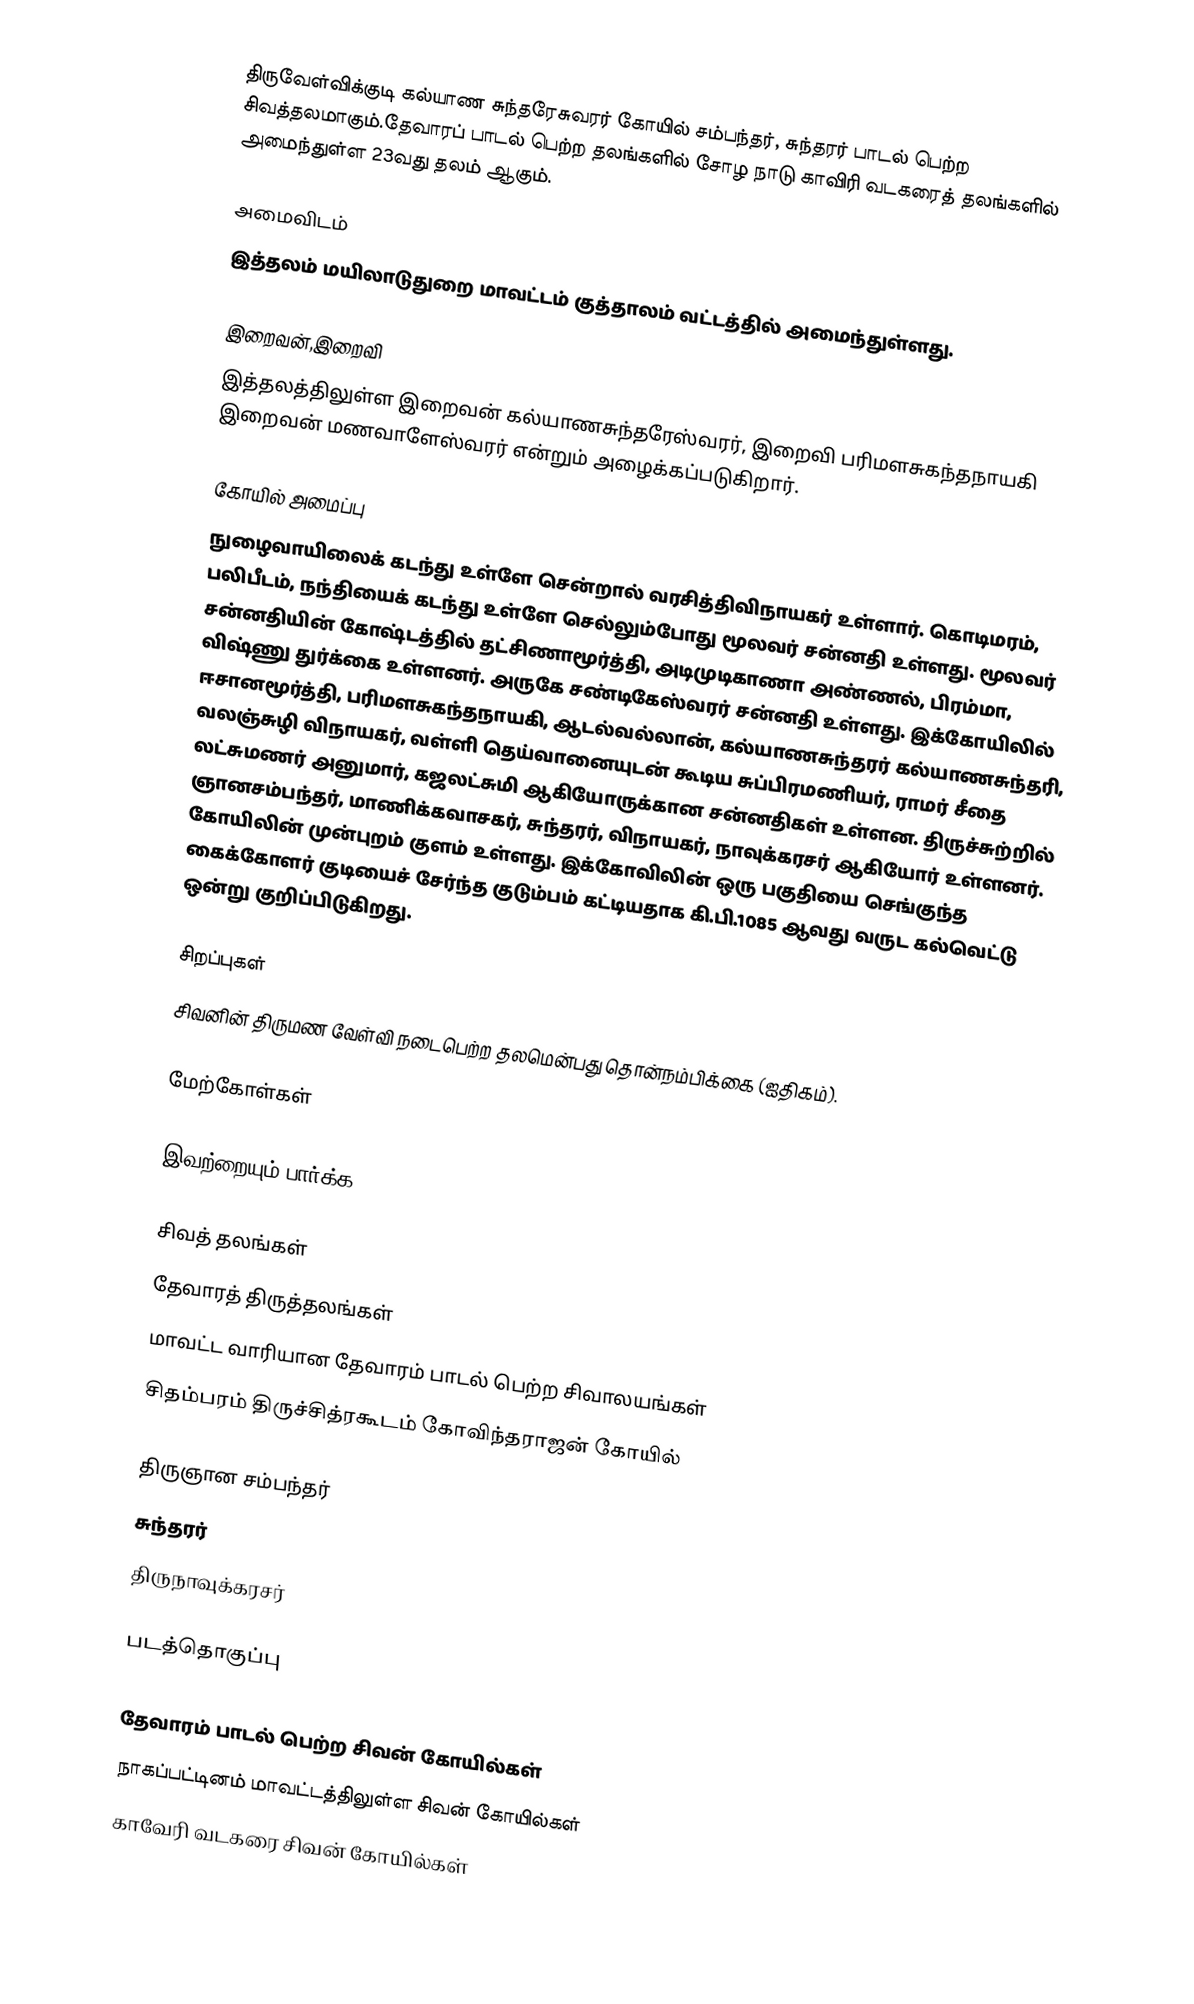
திருவேள்விக்குடி கல்யாண சுந்தரேசுவரர் கோயில் சம்பந்தர், சுந்தரர் பாடல் பெற்ற சிவத்தலமாகும்.தேவாரப் பாடல் பெற்ற தலங்களில் சோழ நாடு காவிரி வடகரைத் தலங்களில் அமைந்துள்ள 23வது தலம் ஆகும்.

அமைவிடம்
இத்தலம் மயிலாடுதுறை மாவட்டம் குத்தாலம் வட்டத்தில் அமைந்துள்ளது.

இறைவன்,இறைவி
இத்தலத்திலுள்ள இறைவன் கல்யாணசுந்தரேஸ்வரர், இறைவி பரிமளசுகந்தநாயகி இறைவன் மணவாளேஸ்வரர் என்றும் அழைக்கப்படுகிறார்.

கோயில் அமைப்பு
நுழைவாயிலைக் கடந்து உள்ளே சென்றால் வரசித்திவிநாயகர் உள்ளார். கொடிமரம், பலிபீடம், நந்தியைக் கடந்து உள்ளே செல்லும்போது மூலவர் சன்னதி உள்ளது. மூலவர் சன்னதியின் கோஷ்டத்தில் தட்சிணாமூர்த்தி, அடிமுடிகாணா அண்ணல், பிரம்மா, விஷ்ணு துர்க்கை உள்ளனர். அருகே சண்டிகேஸ்வரர் சன்னதி உள்ளது.  இக்கோயிலில் ஈசானமூர்த்தி, பரிமளசுகந்தநாயகி, ஆடல்வல்லான், கல்யாணசுந்தரர் கல்யாணசுந்தரி, வலஞ்சுழி விநாயகர், வள்ளி தெய்வானையுடன் கூடிய சுப்பிரமணியர், ராமர் சீதை லட்சுமணர் அனுமார், கஜலட்சுமி ஆகியோருக்கான சன்னதிகள் உள்ளன. திருச்சுற்றில் ஞானசம்பந்தர், மாணிக்கவாசகர், சுந்தரர், விநாயகர், நாவுக்கரசர் ஆகியோர் உள்ளனர்.  கோயிலின் முன்புறம் குளம் உள்ளது. இக்கோவிலின் ஒரு பகுதியை செங்குந்த கைக்கோளர் குடியைச் சேர்ந்த குடும்பம் கட்டியதாக கி.பி.1085 ஆவது வருட கல்வெட்டு ஒன்று குறிப்பிடுகிறது.

சிறப்புகள்
சிவனின் திருமண வேள்வி நடைபெற்ற தலமென்பது தொன்நம்பிக்கை (ஐதிகம்).

மேற்கோள்கள்

இவற்றையும் பார்க்க

 சிவத் தலங்கள்
 தேவாரத் திருத்தலங்கள்
 மாவட்ட வாரியான தேவாரம் பாடல் பெற்ற சிவாலயங்கள்
 சிதம்பரம் திருச்சித்ரகூடம் கோவிந்தராஜன் கோயில்

 திருஞான சம்பந்தர்
 சுந்தரர்
 திருநாவுக்கரசர்

படத்தொகுப்பு

தேவாரம் பாடல் பெற்ற சிவன் கோயில்கள்
நாகப்பட்டினம் மாவட்டத்திலுள்ள சிவன் கோயில்கள்
காவேரி வடகரை சிவன் கோயில்கள்